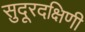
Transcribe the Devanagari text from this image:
सुदूरदक्षिणी